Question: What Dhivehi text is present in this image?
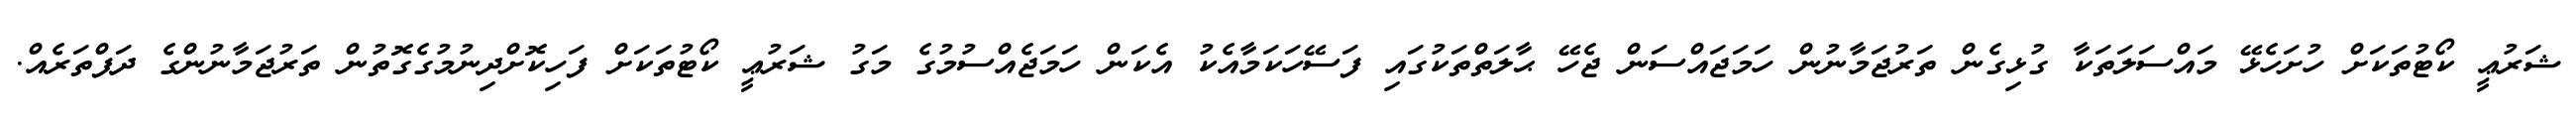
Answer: ޝަރުޢީ ކޯޓުތަކަށް ހުށަހެޅޭ މައްސަލަތަކާ ގުޅިގެން ތަރުޖަމާނުން ހަމަޖައްސަން ޖެހޭ ޙާލަތްތަކުގައި ފަސޭހަކަމާއެކު އެކަން ހަމަޖެއްސުމުގެ މަގު ޝަރުޢީ ކޯޓުތަކަށް ފަހިކޮށްދިނުމުގެގޮތުން ތަރުޖަމާނުންގެ ދަފްތަރެއް.